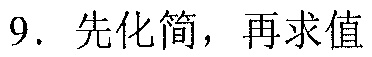
9. 先化简，再求值